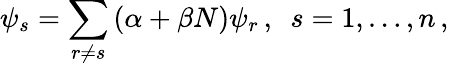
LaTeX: \psi_{s}=\sum_{r\ne s}\left(\alpha+\beta N\right)\psi_{r}\, ,\ \ s=1,\ldots,n\, ,